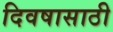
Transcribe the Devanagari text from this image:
दिवषासाठी